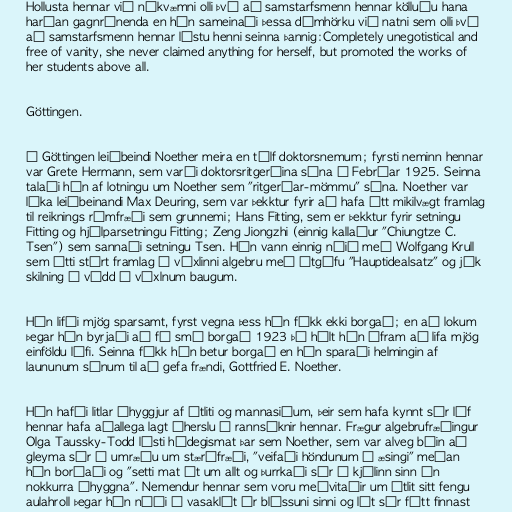
Hollusta hennar við nákvæmni olli því að samstarfsmenn hennar kölluðu hana
harðan gagnrýnenda en hún sameinaði þessa dómhörku við natni sem olli því
að samstarfsmenn hennar lýstu henni seinna þannig:Completely unegotistical and
free of vanity, she never claimed anything for herself, but promoted the works of
her students above all.

Göttingen.

Í Göttingen leiðbeindi Noether meira en tólf doktorsnemum; fyrsti neminn hennar
var Grete Hermann, sem varði doktorsritgerðina sína í Febrúar 1925. Seinna
talaði hún af lotningu um Noether sem "ritgerðar-mömmu" sína. Noether var
líka leiðbeinandi Max Deuring, sem var þekktur fyrir að hafa átt mikilvægt framlag
til reiknings rúmfræði sem grunnemi; Hans Fitting, sem er þekktur fyrir setningu
Fitting og hjálparsetningu Fitting; Zeng Jiongzhi (einnig kallaður "Chiungtze C.
Tsen") sem sannaði setningu Tsen. Hún vann einnig náið með Wolfgang Krull
sem átti stórt framlag í víxlinni algebru með útgáfu "Hauptidealsatz" og jók
skilning á vídd í víxlnum baugum.

Hún lifði mjög sparsamt, fyrst vegna þess hún fékk ekki borgað; en að lokum
þegar hún byrjaði að fá smá borgað 1923 þá hélt hún áfram að lifa mjög
einföldu lífi. Seinna fékk hún betur borgað en hún sparaði helmingin af
laununum sínum til að gefa frændi, Gottfried E. Noether.

Hún hafði litlar áhyggjur af útliti og mannasiðum, þeir sem hafa kynnt sér líf
hennar hafa aðallega lagt áherslu á rannsóknir hennar. Frægur algebrufræðingur
Olga Taussky-Todd lýsti hádegismat þar sem Noether, sem var alveg búin að
gleyma sér í umræðu um stærðfræði, "veifaði höndunum í æsingi" meðan
hún borðaði og "setti mat út um allt og þurrkaði sér í kjólinn sinn án
nokkurra áhyggna". Nemendur hennar sem voru meðvitaðir um útlit sitt fengu
aulahroll þegar hún náði í vasaklút úr blússuni sinni og lét sér fátt finnast